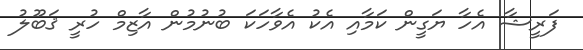
ފަރީޝާ އެހާ ޔަގީން ކަމާއި އެކު އެވާހަކަ ބުނުމުން އާޒިމް ހުރީ ޤަބޫލު